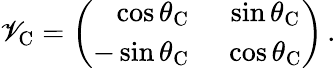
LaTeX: \mathscr{V}_{\mathrm{{C}}}=\left(\begin{array}{rc}{{\cos\theta_{\mathrm{C}}}}&{{~\sin\theta_{\mathrm{C}}}}\\ {{-\sin\theta_{\mathrm{C}}}}&{{~\cos\theta_{\mathrm{C}}}}\end{array}\right)\, .